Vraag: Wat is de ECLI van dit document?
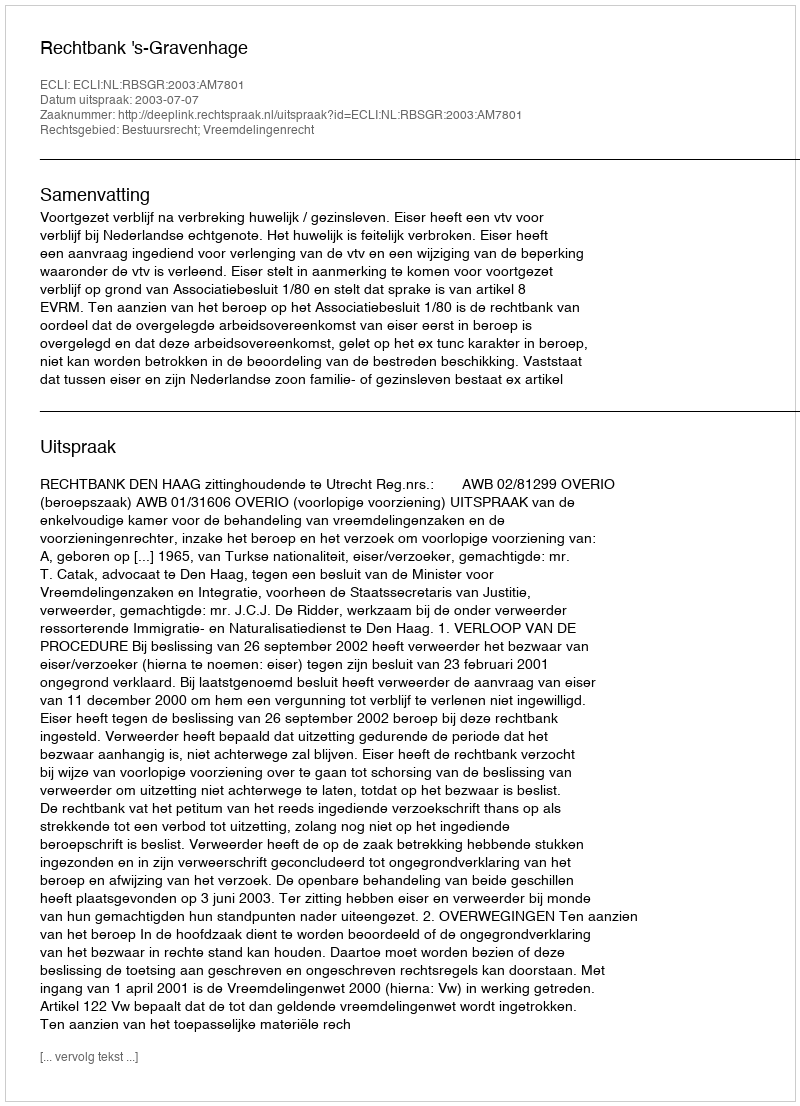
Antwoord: ECLI:NL:RBSGR:2003:AM7801